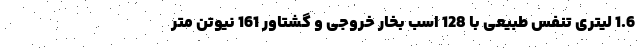
1.6 لیتری تنفس طبیعی با 128 اسب بخار خروجی و گشتاور 161 نیوتن متر